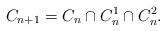
LaTeX: \begin{align*}C_{n+1}=C_n\cap C_n^1\cap C_n^2.\end{align*}